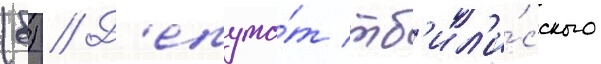
(б) // Д'епута́т тб'ил'и́сского